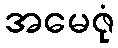
အမေဇုံ